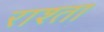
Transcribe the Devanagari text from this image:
राश्ता